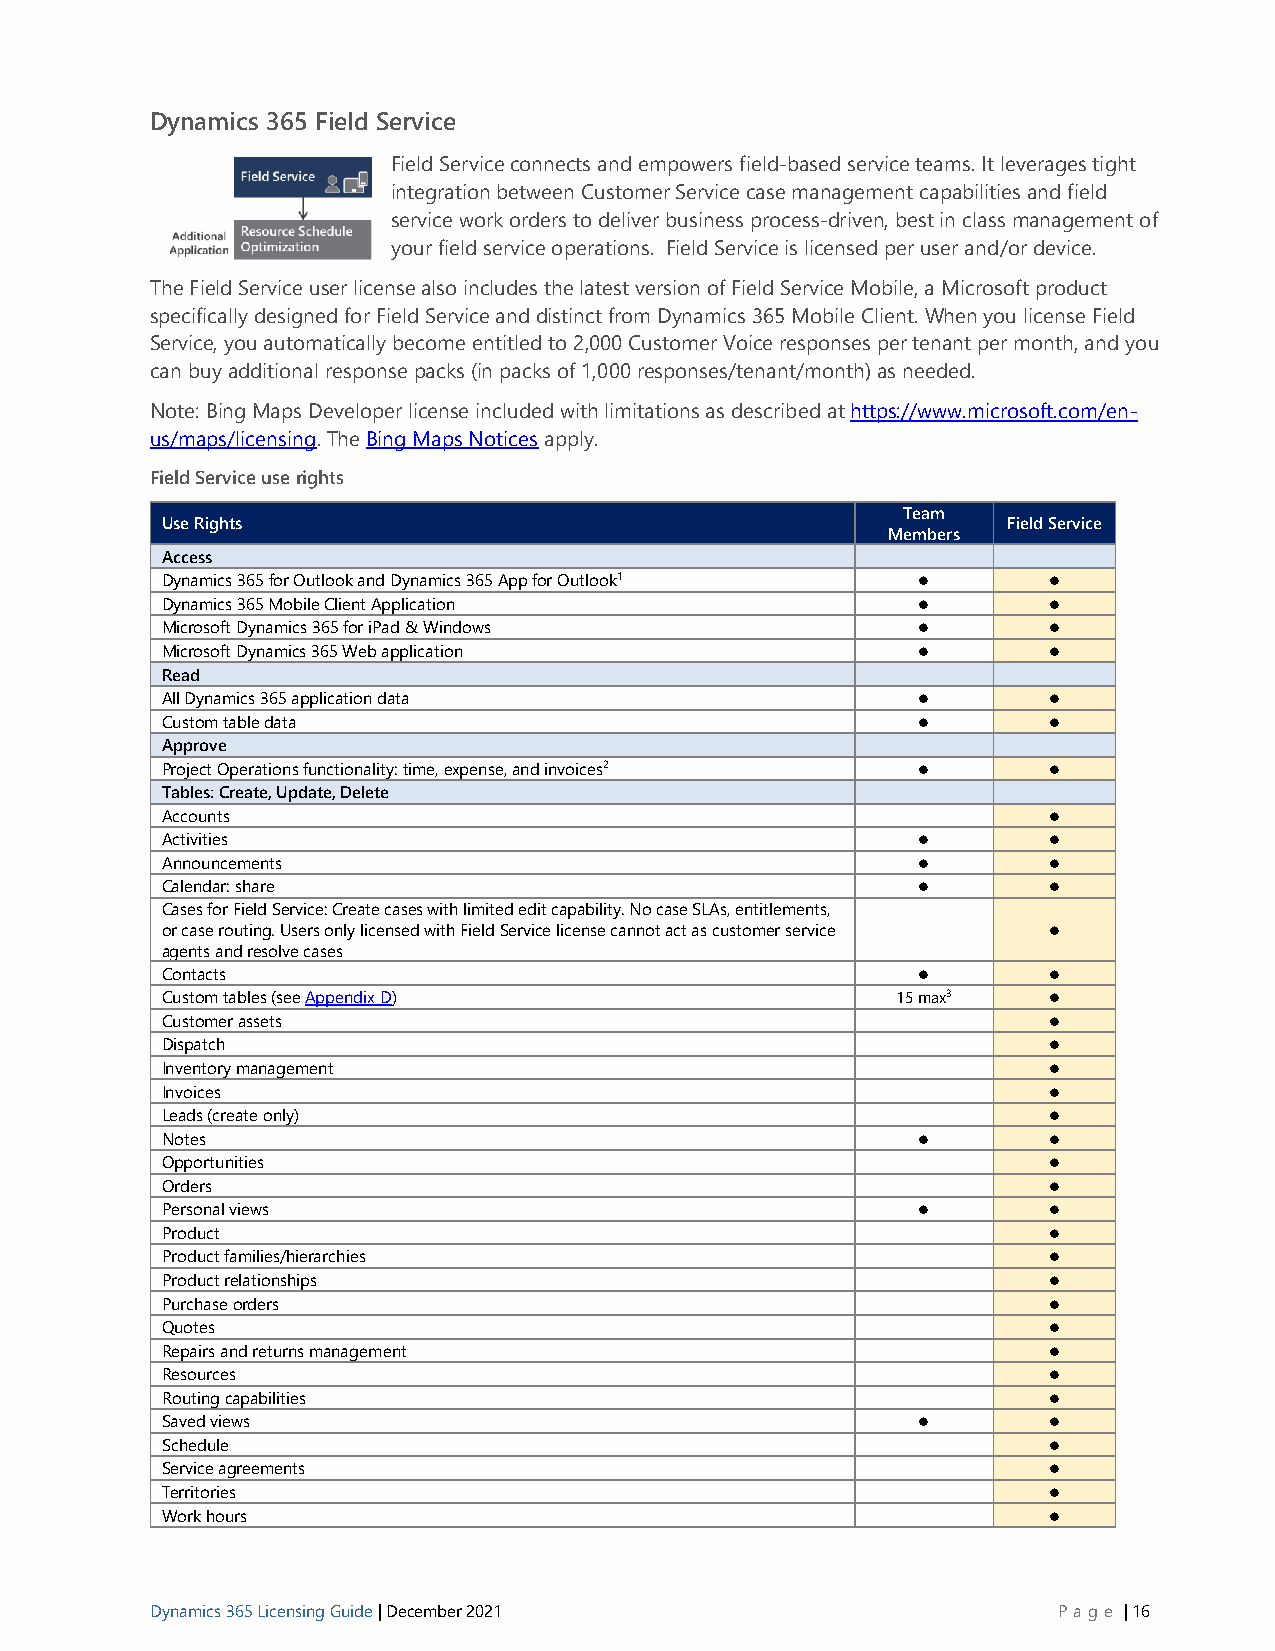
Dynamics 365 Field Service
 Field Service connects and empowers field-based service teams. It leverages tight
 integration between Customer Service case management capabilities and field
 service work orders to deliver business process-driven, best in class management of
 your field service operations. Field Service is licensed per user and/or device.
 The Field Service user license also includes the latest version of Field Service Mobile, a Microsoft product
 specifically designed for Field Service and distinct from Dynamics 365 Mobile Client. When you license Field
 Service, you automatically become entitled to 2,000 Customer Voice responses per tenant per month, and you
 can buy additional response packs (in packs of 1,000 responses/tenant/month) as needed.
 Note: Bing Maps Developer license included with limitations as described at https://www.microsoft.com/en-
 us/maps/licensing. The Bing Maps Notices apply.
 Field Service use rights
 Team
 Use Rights                                              Field Service
 Members
 Access
 Dynamics 365 for Outlook and Dynamics 365 App for Outlook1 ⚫ ⚫
 Dynamics 365 Mobile Client Application            ⚫       ⚫
 Microsoft Dynamics 365 for iPad & Windows         ⚫       ⚫
 Microsoft Dynamics 365 Web application            ⚫       ⚫
 Read
 All Dynamics 365 application data                 ⚫       ⚫
 Custom table data                                 ⚫       ⚫
 Approve
 Project Operations functionality: time, expense, and invoices2 ⚫ ⚫
 Tables: Create, Update, Delete
 Accounts                                                  ⚫
 Activities                                        ⚫       ⚫
 Announcements                                     ⚫       ⚫
 Calendar: share                                   ⚫       ⚫
 Cases for Field Service: Create cases with limited edit capability. No case SLAs, entitlements,
 or case routing. Users only licensed with Field Service license cannot act as customer service ⚫
 agents and resolve cases
 Contacts                                          ⚫       ⚫
 Custom tables (see Appendix D)                  15 max3   ⚫
 Customer assets                                           ⚫
 Dispatch                                                  ⚫
 Inventory management                                      ⚫
 Invoices                                                  ⚫
 Leads (create only)                                       ⚫
 Notes                                             ⚫       ⚫
 Opportunities                                             ⚫
 Orders                                                    ⚫
 Personal views                                    ⚫       ⚫
 Product                                                   ⚫
 Product families/hierarchies                              ⚫
 Product relationships                                     ⚫
 Purchase orders                                           ⚫
 Quotes                                                    ⚫
 Repairs and returns management                            ⚫
 Resources                                                 ⚫
 Routing capabilities                                      ⚫
 Saved views                                       ⚫       ⚫
 Schedule                                                  ⚫
 Service agreements                                        ⚫
 Territories                                               ⚫
 Work hours                                                ⚫
 Dynamics 365 Licensing Guide | December 2021                P age | 16